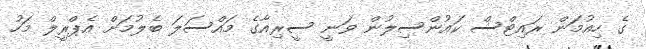
ގެ ހިއުމަން ރައިޓްސް ކައުންސިލުން ވަނީ ސީރިއާގެ މައްސަލަ ބެލުމަށް އެޕްރީލް މަހު